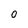
Character: 0